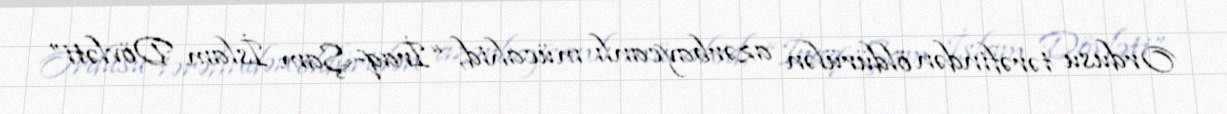
Ordusu tərəfindən öldürülən azərbaycanlı mücahid, “İraq-Şam İslam Dövləti”